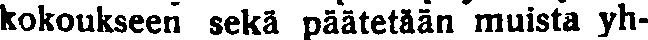
kokoukseen sekä päätetään muista yh-